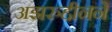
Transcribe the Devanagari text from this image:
अझरुद्दीनने